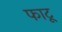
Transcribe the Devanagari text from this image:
फाटू